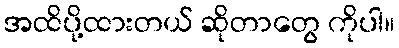
အထိပို့ထားတယ် ဆိုတာတွေ ကိုပါ။